Plague in India, 1896, 1897 - Volume 2
Year: 1896
Disease focus: Plague
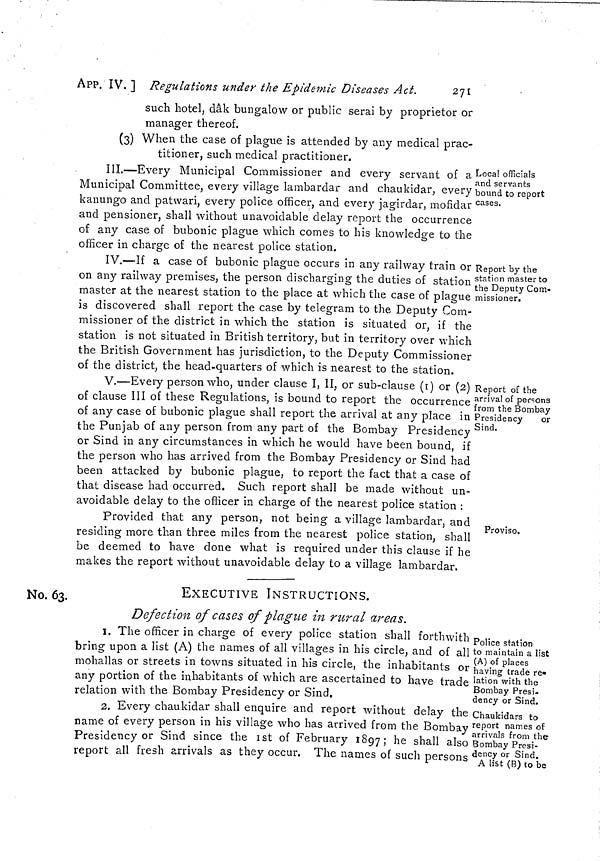
APP. IV. ] Regulations under the Epidemic Diseases Act.
271
such hotel, dâk bungalow or public serai by proprietor or
manager thereof.
(3) When the case of plague is attended by any medical prac-
titioner, such medical practitioner.
Loca! officials
and servants
bound to report
cases.
III.—Every Municipal Commissioner and every servant of a
Municipal Committee, every village lambardar and chaukidar, every
kanungo and patwari, every police officer, and every jagirdar, mofidar
and pensioner, shall without unavoidable delay report the occurrence
of any case of bubonic plague which comes to his knowledge to the
officer in charge of the nearest police station.
Report by the
station master to
the Deputy Com-
missioner.
IV.—If a case of bubonic plague occurs in any railway train or
on any railway premises, the person discharging the duties of station
master at the nearest station to the place at which the case of plague
is discovered shall report the case by telegram to the Deputy Com-
missioner of the district in which the station is situated or, if the
station is not situated in British territory, but in territory over which
the British Government has jurisdiction, to the Deputy Commissioner
of the district, the head-quarters of which is nearest to the station.
Report of the
arrival of persons
from the Bombay
Presidency
or
Sind.
V.—Every person who, under clause I, II, or sub-clause (1) or (2)
of clause III of these Regulations, is bound to report the occurrence :
of any case of bubonic plague shall report the arrival at any place in
the Punjab of any person from any part of the Bombay Presidency
or Sind in any circumstances in which he would have been bound, if
the person who has arrived from the Bombay Presidency or Sind had
been attacked by bubonic plague, to report the fact that a case of
that disease had occurred. Such report shall be made without un-
avoidable delay to the officer in charge of the nearest police station :
Proviso.
Provided that any person, not being a village lambardar, and
residing more than three miles from the nearest police station, shall
be deemed to have done what is required under this clause if he
makes the report without unavoidable delay to a village lambardar.
No. 63.
EXECUTIVE INSTRUCTIONS.
Defection of cases of plague in rural areas.
Police station
to maintain a list
(A) of places
having trade re-
lation with the
Bombay Presi-
dency or Sind.
I. The officer in charge of every police station shall forthwith
bring upon a list (A) the names of all villages in his circle, and of all
mohallas or streets in towns situated in his circle, the inhabitants or
any portion of the inhabitants of which are ascertained to have trade
relation with the Bombay Presidency or Sind.
Chaukidars to
report names of
arrivals from the
Bombay Presi-
dency or Sind.
A list (B) to be
2. Every chaukidar shall enquire and report without delay the
name of every person in his village who has arrived from the Bombay
Presidency or Sind since the 1st of February 1897; he shall also
report all fresh arrivals as they occur. The names of such persons